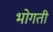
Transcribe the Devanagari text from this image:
भोगती